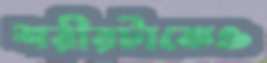
শরীরটাকেও